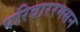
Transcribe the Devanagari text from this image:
परिवाररमसन